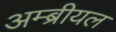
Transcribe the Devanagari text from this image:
अम्ब्रीयल